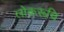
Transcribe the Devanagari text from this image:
लोकरूचि